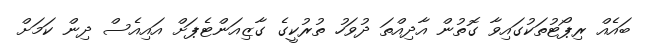
ބައެއް ރިޕޯޓުތަކުގައިވާ ގޮތުން އާދިއްތަ ދުވަހު ތުރުކީގެ ގާޒިއަންޓެޕަށް އައިއެސް ދިން ކަމަށް